system: You are a helpful assistant.
user:
Analyze the provided spectrum to determine if it is a **M-type Giant (gM)**.

A M-type Giant spectrum is defined by its **strong molecular absorption** features, particularly from **Titanium Oxide (TiO)**. You must check for one of the following mutually exclusive signatures:

- **Key Visual Indicators (Absorption-Dominated Spectrum):**

    - **(Primary):** The spectrum is dominated by strong molecular absorption from **Titanium Oxide (TiO)**. This is the **defining feature** of its M-type temperature class.
        - **(Key Bandheads):** Look for sharp, "saw-tooth" absorption valleys. The strongest are located near **~7050 Å**, **~6160 Å**, and **~5170 Å**.
        - **(Line Profile):** The "saw-tooth" morphology is critical: a **sharp, steep drop on the BLUE (short-wavelength) side** of the bandhead, followed by a gradual recovery (rising flux) towards the RED (long-wavelength) side.

    - **(Key Confirmation - Giant vs. Dwarf):** **ABSENCE** of strong **Calcium Hydride (CaH)** molecular bands. This is the primary diagnostic for *excluding* M-dwarfs.
        - **(Key Region):** The spectrum should lack the strong, broad absorption band seen in dwarfs between **~6800 Å and ~7000 Å**.

    - **(Secondary Confirmation - Giant):** A very strong and broad **Neutral Calcium (Ca I)** atomic absorption line.
        - **(Key Line):** Located at **~4226 Å**. In a giant (gM), this line is significantly deeper and broader than the same line in an M-dwarf (dM) due to low surface gravity.

    - **(Overall Spectrum):**
        - The continuum is **extremely red-sloping** (i.e., flux is very low in the blue and rises dramatically towards the red).
        - The entire spectrum appears "chopped up" by the deep TiO bands.

Think first, call **spectral_visualization_tool** if needed to examine features in detail, then provide your final answer. Your response must adhere to the following strict rules:
1.  **Overall Structure:** Your response must follow the format `<think>...</think> <tool_call>...</tool_call> (if a tool is used) <answer>...</answer>`.
2.  **Tool Usage Constraint:** You may only make **one** tool call per turn.
3.  **Final Answer Format:** In the `<answer>` tag, your conclusion must be inside a `\boxed{}` command (e.g., `\boxed{YES}` or `\boxed{NO}`), followed by your justification.

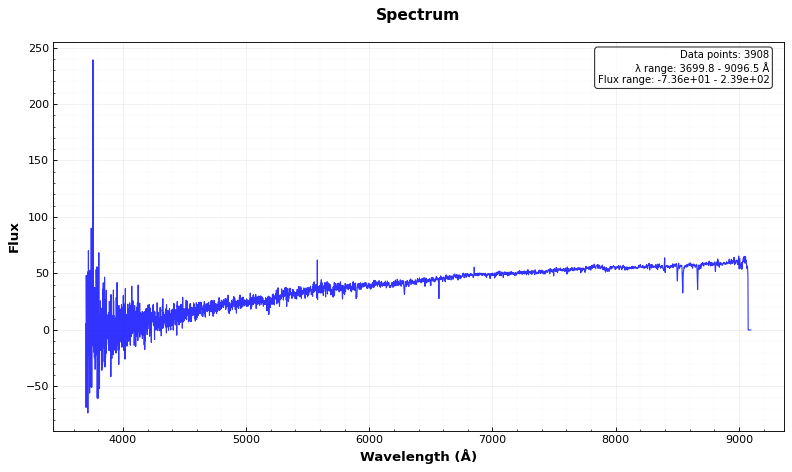
Answer: NO